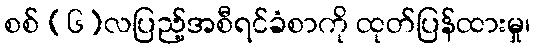
စစ် (၆)လပြည့်အစီရင်ခံစာကို ထုတ်ပြန်ထားမှု၊